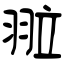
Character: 翋